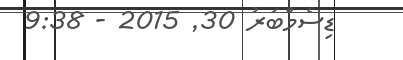
ޑިސެމްބަރު 30